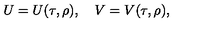
U = U ( \tau , \rho ) , \quad V = V ( \tau , \rho ) ,